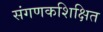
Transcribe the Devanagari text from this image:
संगणकशिक्षित